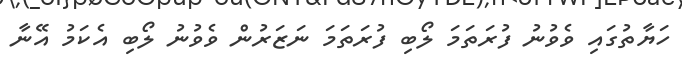
ހަޔާތުގައި ވެވުނު ފުރަތަމަ ލޯބި ފުރަތަމަ ނަޒަރުން ވެވުނު ލޯބި އެކަމު އޭނާ